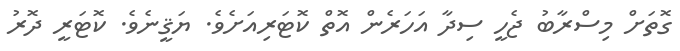
ގޮތަށް މިސްރާބު ޖެހީ ސިދާ އަހަރެން އޮތް ކޮޓަރިއަށެވެ. ޔަޤީނެވެ. ކޮޓަރީ ދޮރު